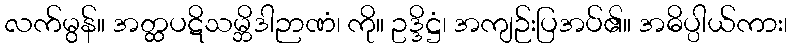
လက်မွန်။ အတ္ထပဋိသမ္ဘိဒါဉာဏံ၊ ကို။ ဥဒ္ဒိဋ္ဌံ၊ အကျဉ်းပြအပ်၏။ အဓိပ္ပါယ်ကား၊